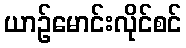
ယာဉ်မောင်းလိုင်စင်